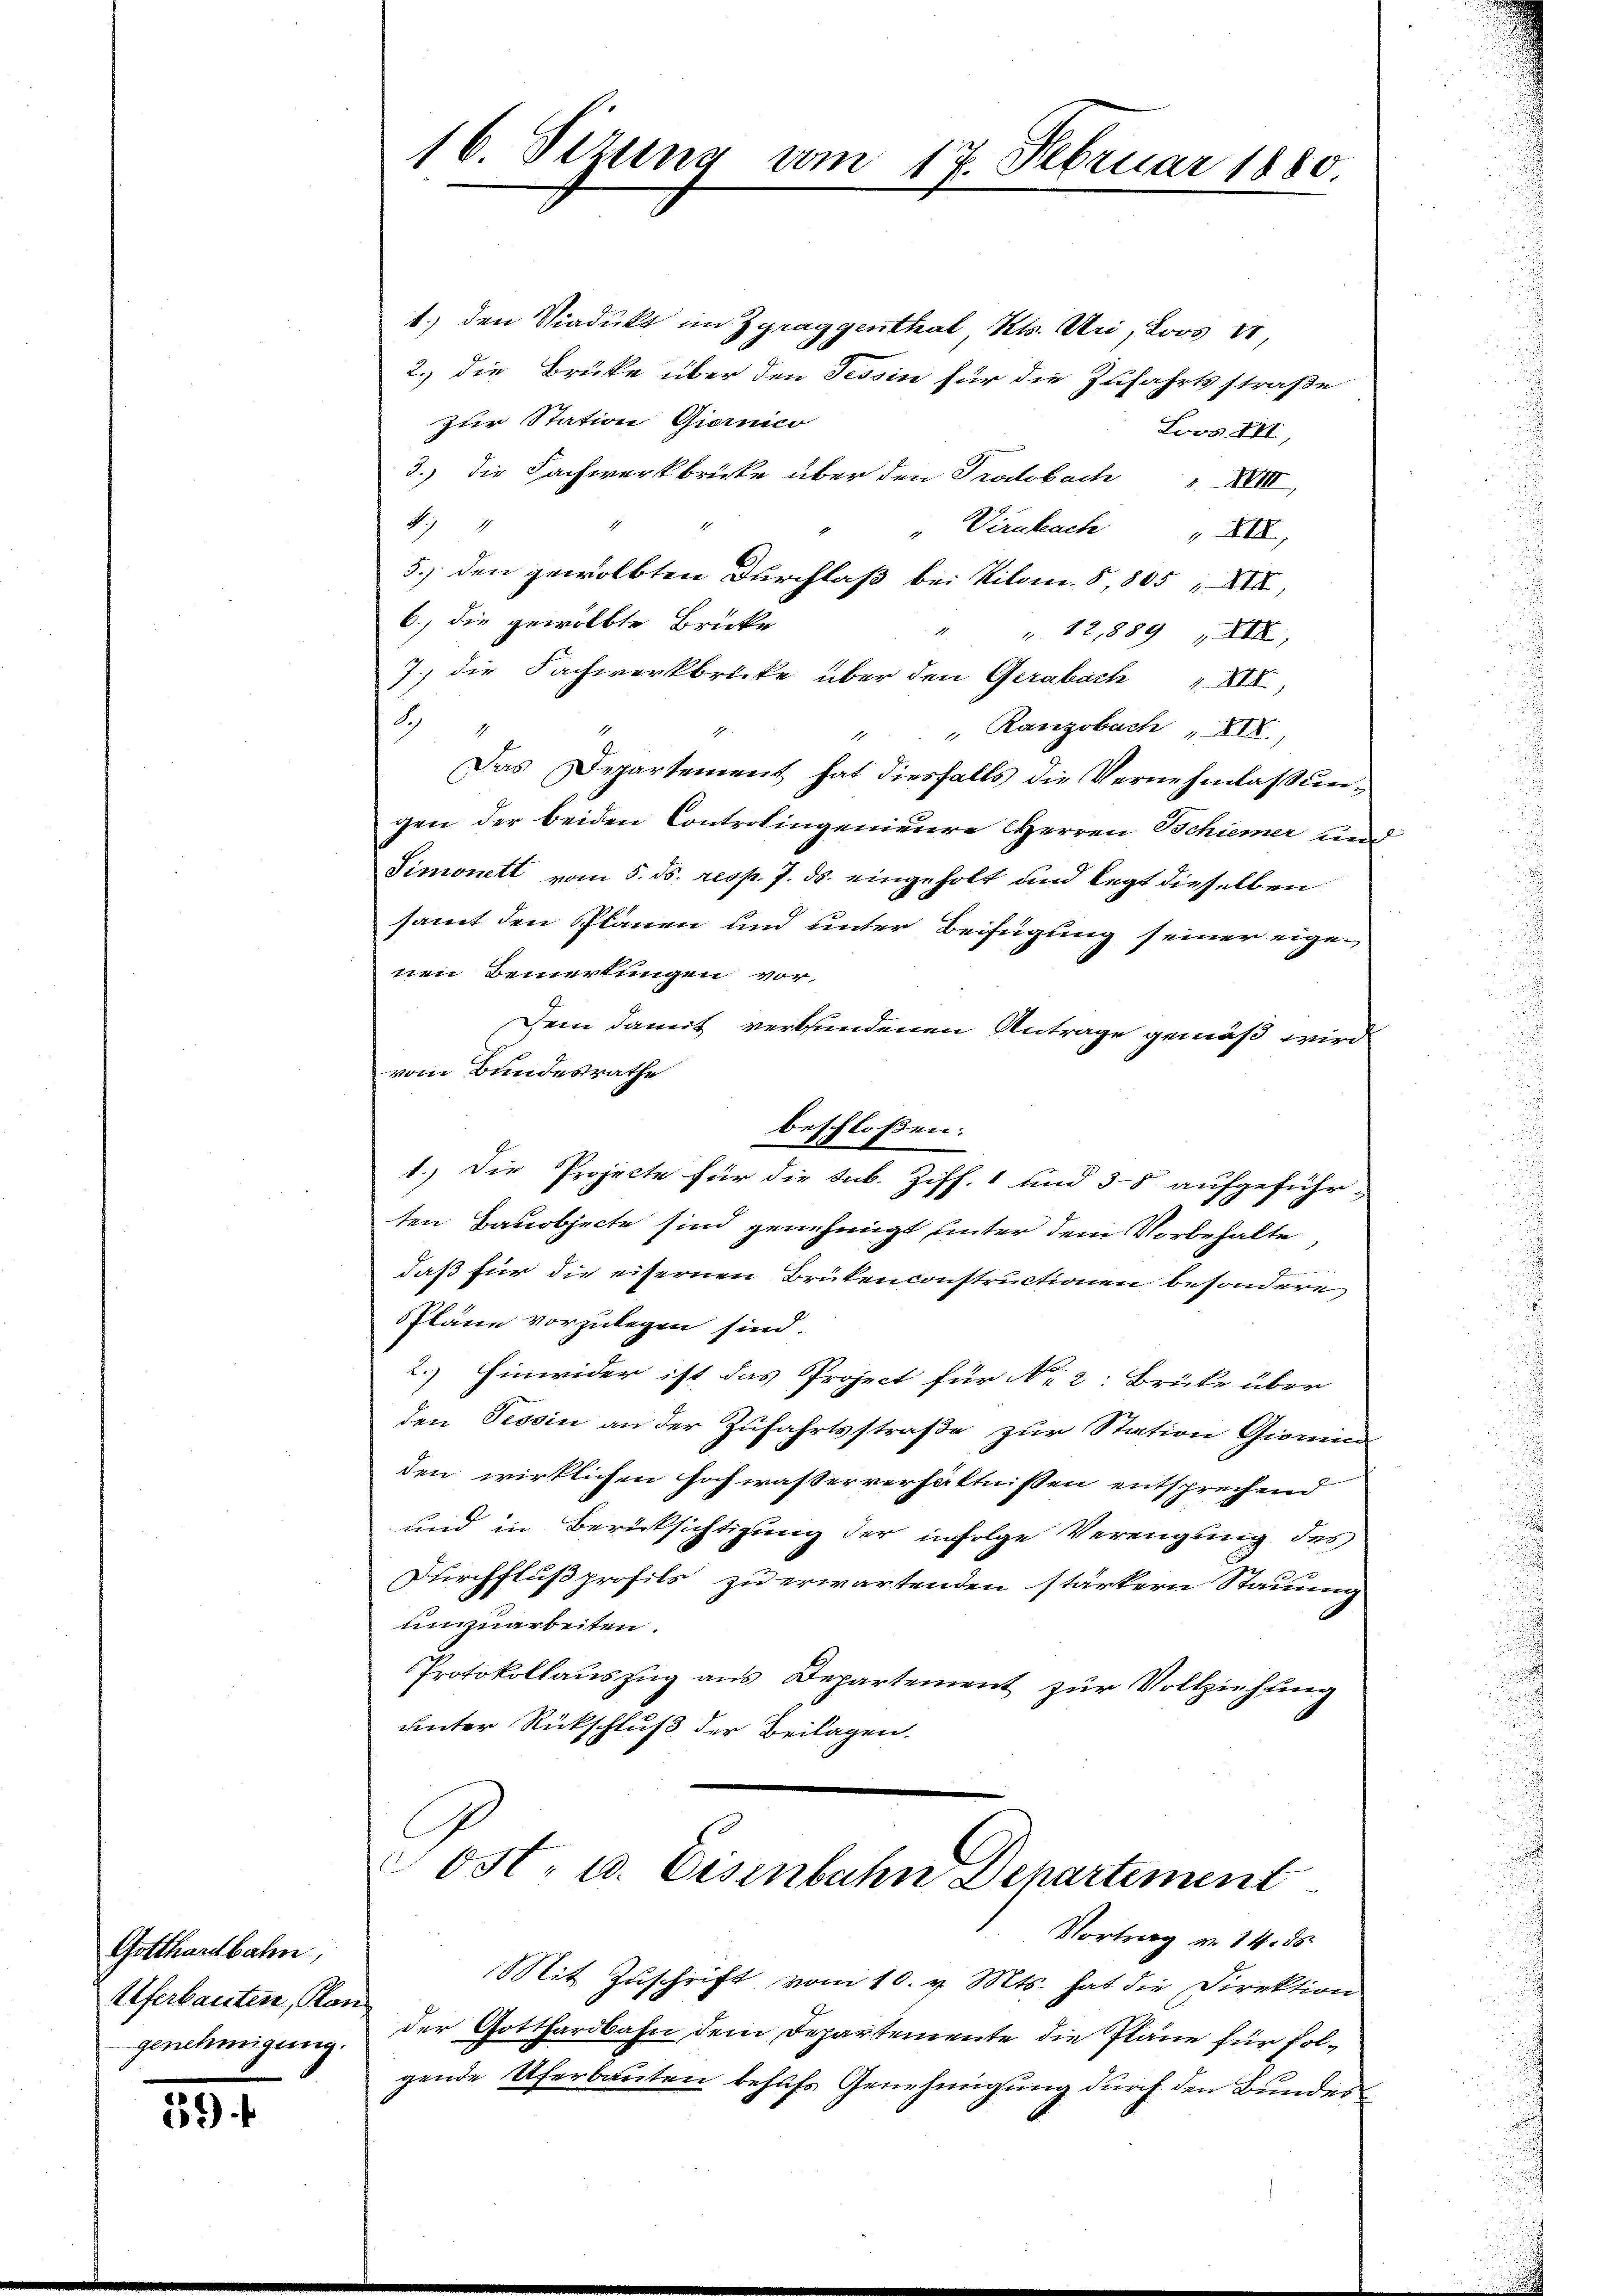
Gotthardbahn
Uferbauten, Kan
genehmigung.

89) f

16. Stzung vom 17. Februar 1880.

1.) den Viadukt im Zgraggenthal Kt. Uri, Loos er
2.) die Brüke über den Tessin für die Zufahrtsstraße
zur Station Giernic
Loos VII,
3.) Die Fachwerkbrüke über den Trocobach XVIII
4
" Virukach" XXX
5.) den gewölbten Durchlaß bei Kilom. 5, 805 XIX,
6.) die gewölbte Brücke
" " 12,889 XIX,
7. die Fachwerkbrücke über den Gerabach " XII
8
" " Rangobach, XII
1
Das Departement hat diesfalls die Vernehmlassungen der beiden Controlingenieure Herren Schiener und
Simonett vom 5. ds. resp. 7. ds. eingeholt und legt dieselben
samt den Plänen und unter Beifügung seiner eigenen Bemerkungen vor-
Dem damit verbundenen Antrage gemäß wird
vom Bundesrathe
beschloßen:
1.) Die Projecte für die Sub. Ziff. 1 und 38 aufgeführ-
ten Bauobjecte sind genehmigt unter dem Vorbehalte
daß für die eisernen Brükenconstructionen besondere
Pläne vorzulegen sind.
2.) Hinwider ist das Project für No 2: Brüke über
den Tessin an der Zufahrtsstraße zur Station Giomina
den wirklichen Hochwasserverhältnissen entsprechend
und in Berücksichtigung der infolge Vereigung des
Durchflußprofils zu erwartenden stärkern Stauung
umzuarbeiten.
Protokollauszug aus Departement zur Vollziehung
unter Rückschluß der Beilagen.

ost- u. Eisenbahn Departement

Vortrag v. 14. ds
Mit Zuschrift vom 10. v. Mts. hat die Direktion
der Gotthardbahn dem Departemente die Pläne für folgende Uferbauten behufs Genehmigung durch den Bundes¬